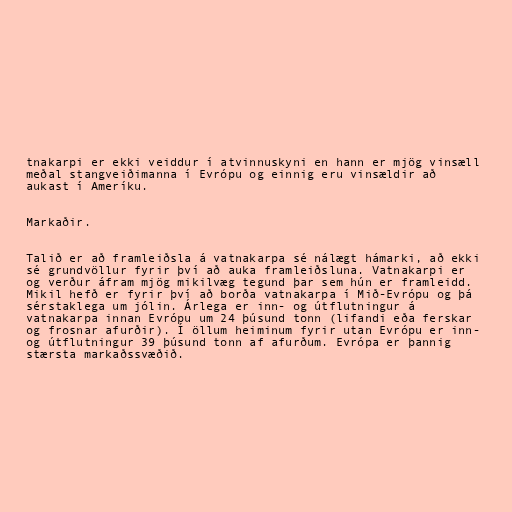
tnakarpi er ekki veiddur í atvinnuskyni en hann er mjög vinsæll
meðal stangveiðimanna í Evrópu og einnig eru vinsældir að
aukast í Ameríku.

Markaðir.

Talið er að framleiðsla á vatnakarpa sé nálægt hámarki, að ekki
sé grundvöllur fyrir því að auka framleiðsluna. Vatnakarpi er
og verður áfram mjög mikilvæg tegund þar sem hún er framleidd.
Mikil hefð er fyrir því að borða vatnakarpa í Mið-Evrópu og þá
sérstaklega um jólin. Árlega er inn- og útflutningur á
vatnakarpa innan Evrópu um 24 þúsund tonn (lifandi eða ferskar
og frosnar afurðir). Í öllum heiminum fyrir utan Evrópu er inn-
og útflutningur 39 þúsund tonn af afurðum. Evrópa er þannig
stærsta markaðssvæðið.